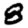
Digit: 8